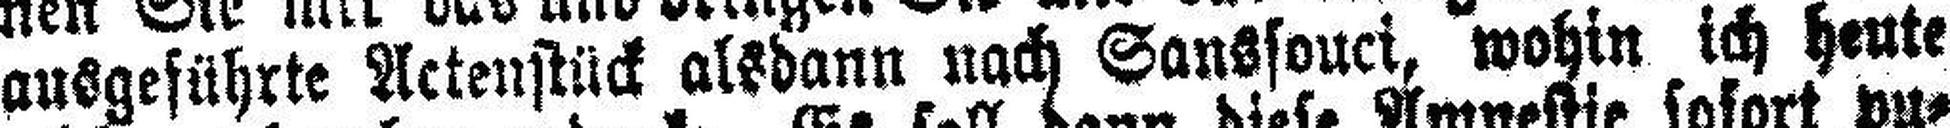
ausgeführte Aktenstück alsdann nach Sanssouci, wohin ich heute